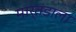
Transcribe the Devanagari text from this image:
मार्तंडाला